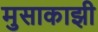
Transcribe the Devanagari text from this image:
मुसाकाझी